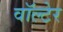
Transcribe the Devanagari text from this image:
वॉल्टेर